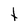
Character: t